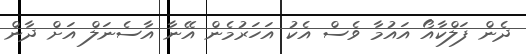
ދެން ފަލްކާއޯ އައުމާ ވެސް އެކު އަހަރުމެން އޭނާ އާސެނަލް އަށް ދާން